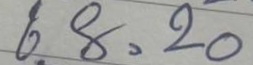
68 = 20